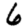
Digit: 6